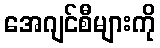
အေဂျင်စီများကို